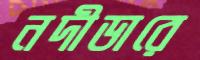
নদীডারে